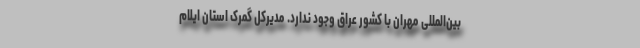
بین‌المللی مهران با کشور عراق وجود ندارد. مدیرکل گمرک استان ایلام